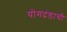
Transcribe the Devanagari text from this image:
योगदंडाची